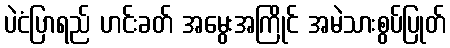
ပဲငံပြာရည် ဟင်းခတ် အမွေးအကြိုင် အမဲသားစွပ်ပြုတ်